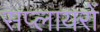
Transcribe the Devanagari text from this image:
सप्लायरों